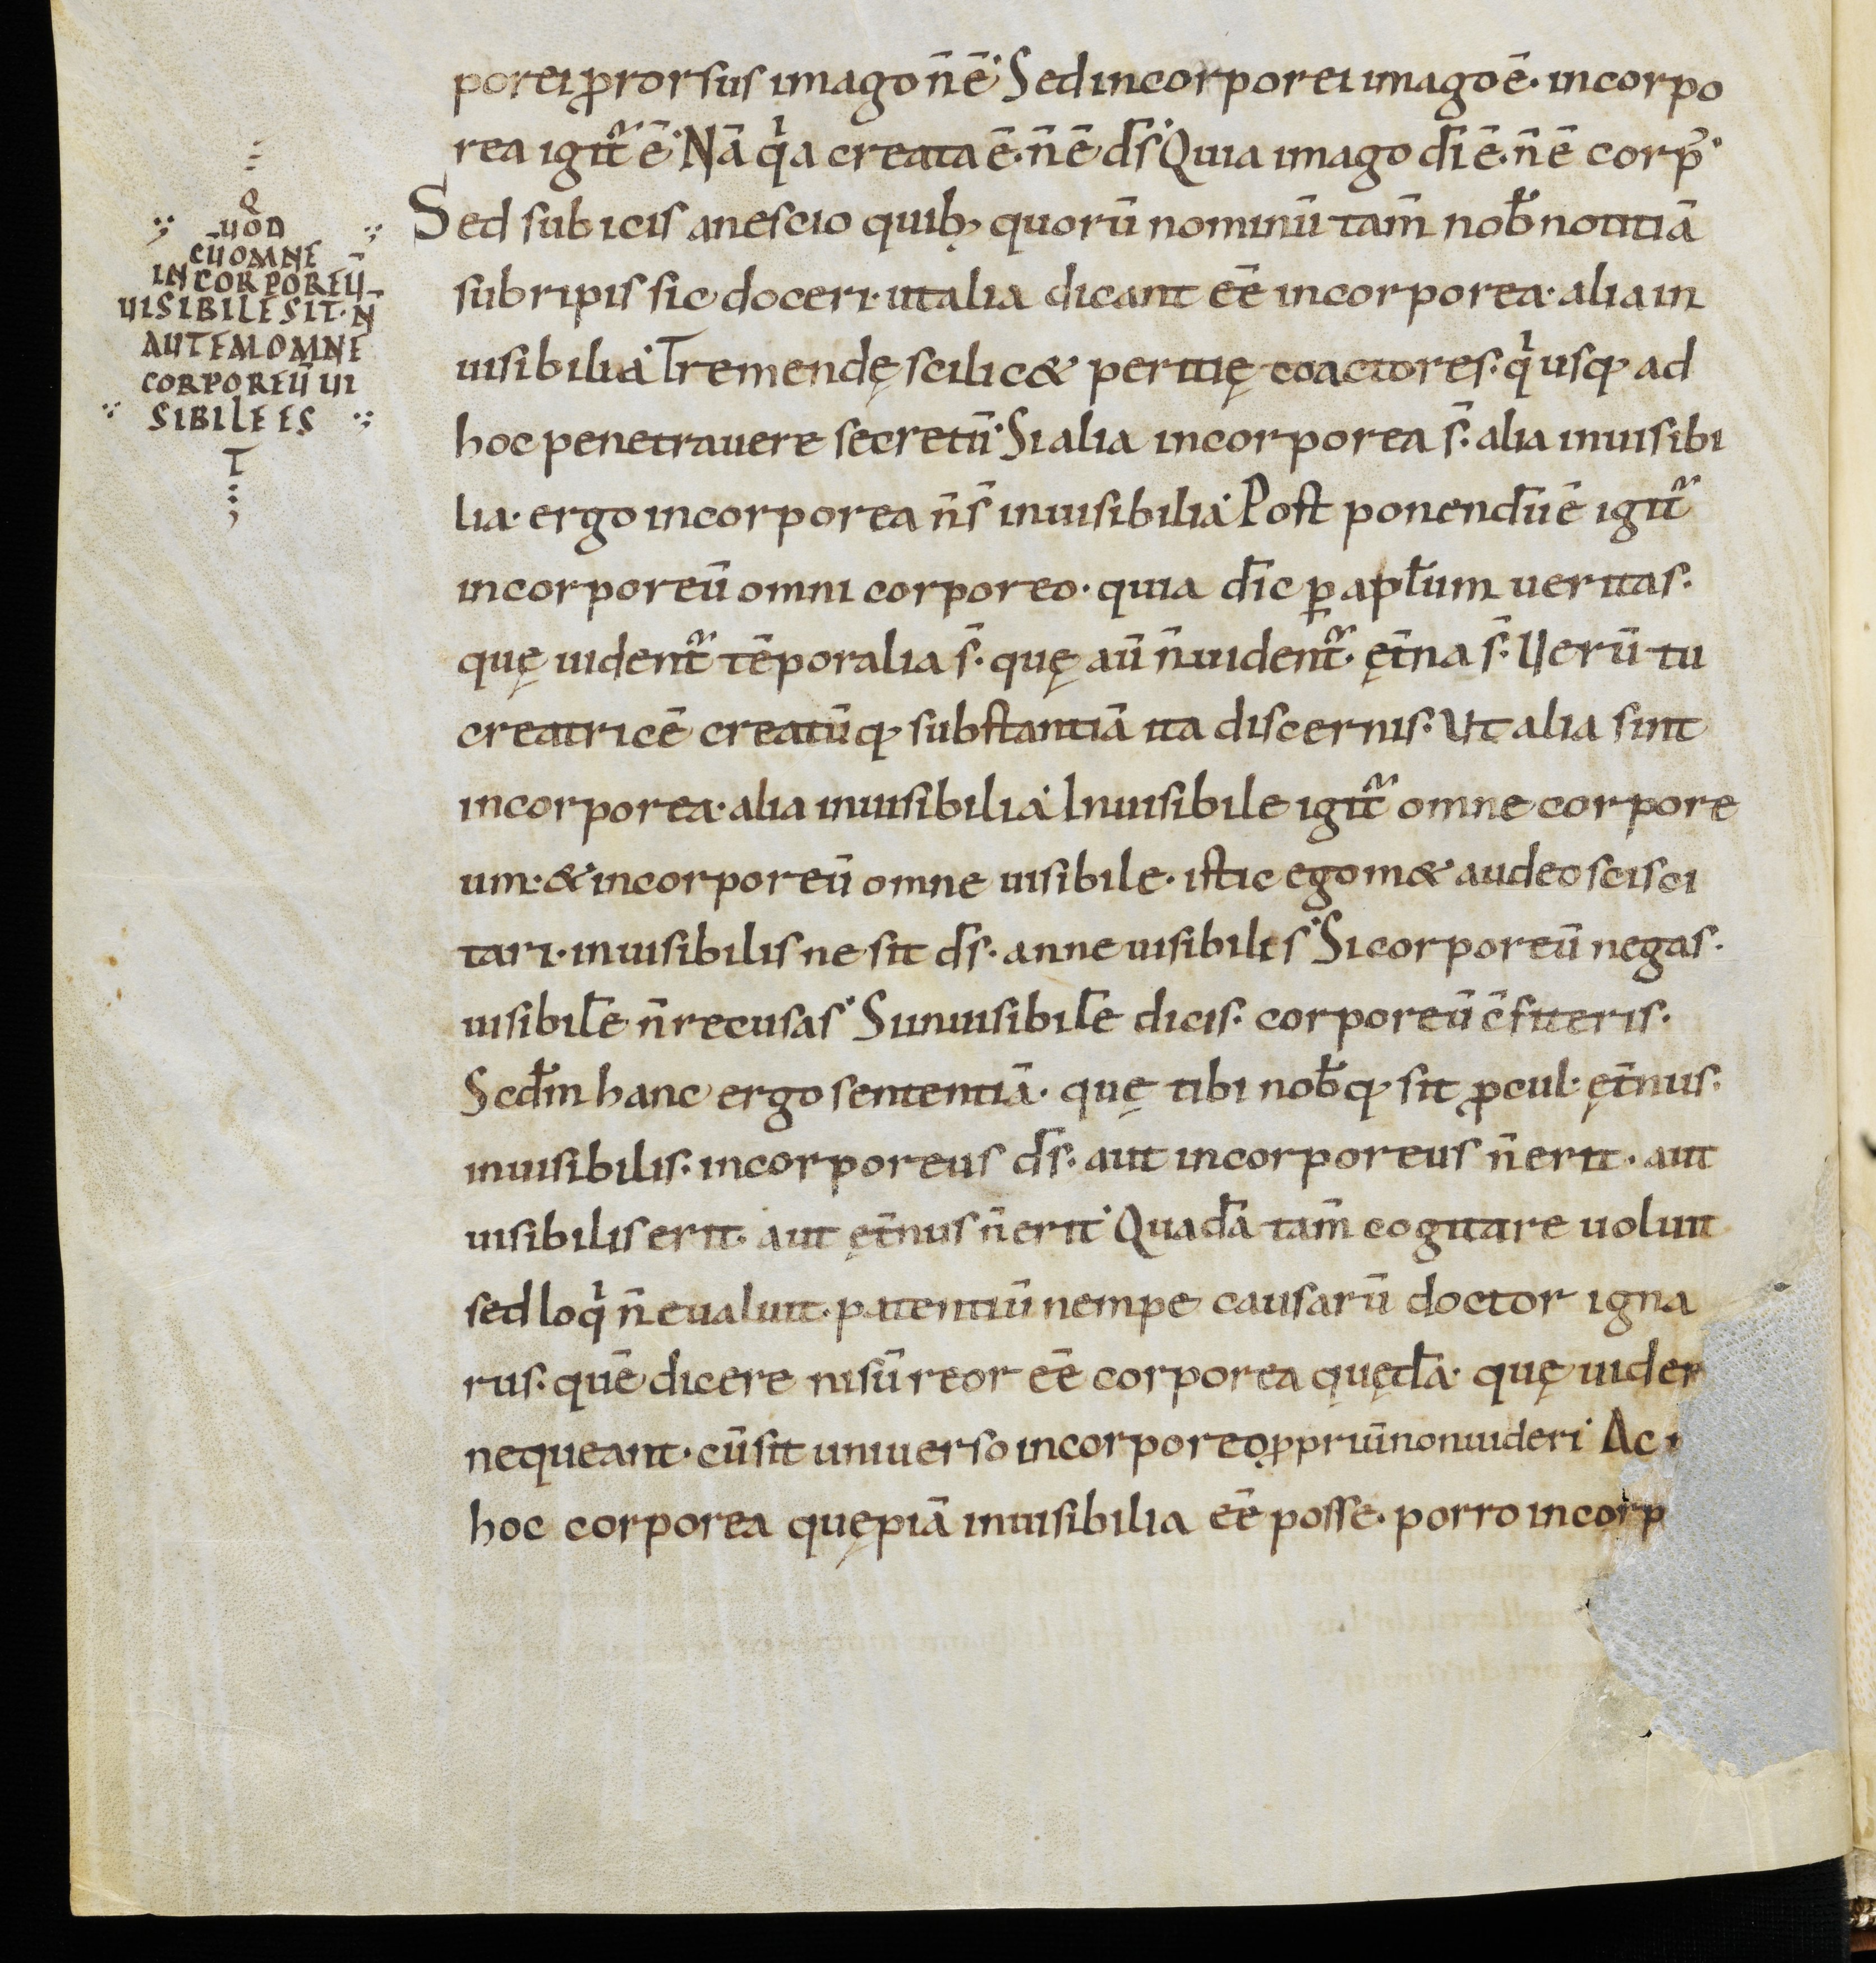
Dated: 900–999